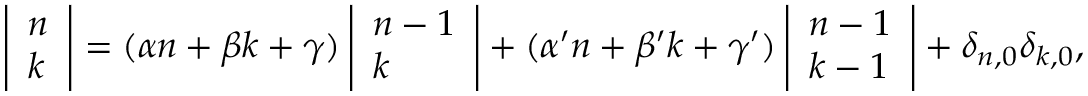
\left| { \begin{array} { l } { n } \\ { k } \end{array} } \right| = ( \alpha n + \beta k + \gamma ) \left| { \begin{array} { l } { n - 1 } \\ { k } \end{array} } \right| + ( \alpha ^ { \prime } n + \beta ^ { \prime } k + \gamma ^ { \prime } ) \left| { \begin{array} { l } { n - 1 } \\ { k - 1 } \end{array} } \right| + \delta _ { n , 0 } \delta _ { k , 0 } ,